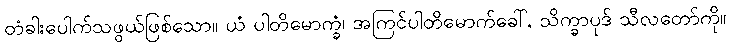
တံခါးပေါက်သဖွယ်ဖြစ်သော။ ယံ ပါတိမောက္ခံ၊ အကြင်ပါတိမောက်ခေါ်, သိက္ခာပုဒ် သီလတော်ကို။